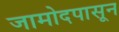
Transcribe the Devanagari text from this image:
जामोदपासून